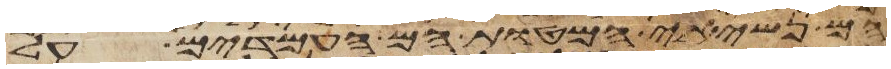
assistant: הם נשיאי המטות הם העמדים על